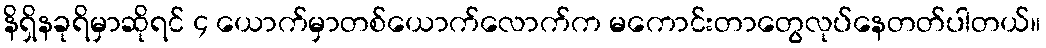
နိရှိနခုရိမှာဆိုရင် ၄ ယောက်မှာတစ်ယောက်လောက်က မကောင်းတာတွေလုပ်နေတတ်ပါတယ်။